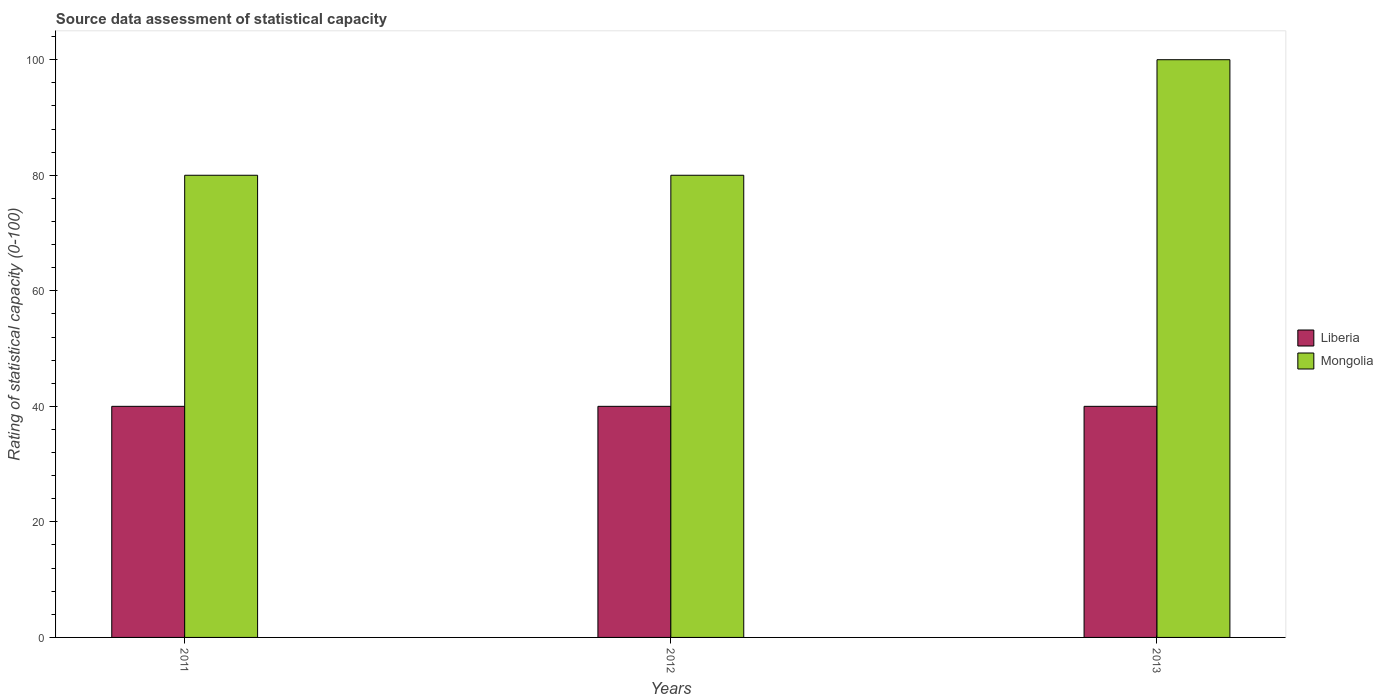
| Years | Liberia | Mongolia |
 | --- | --- | --- |
 | 2011 | 40 | 80 |
 | 2012 | 40 | 80 |
 | 2013 | 40 | 100 |